Lock hospitals Punjab
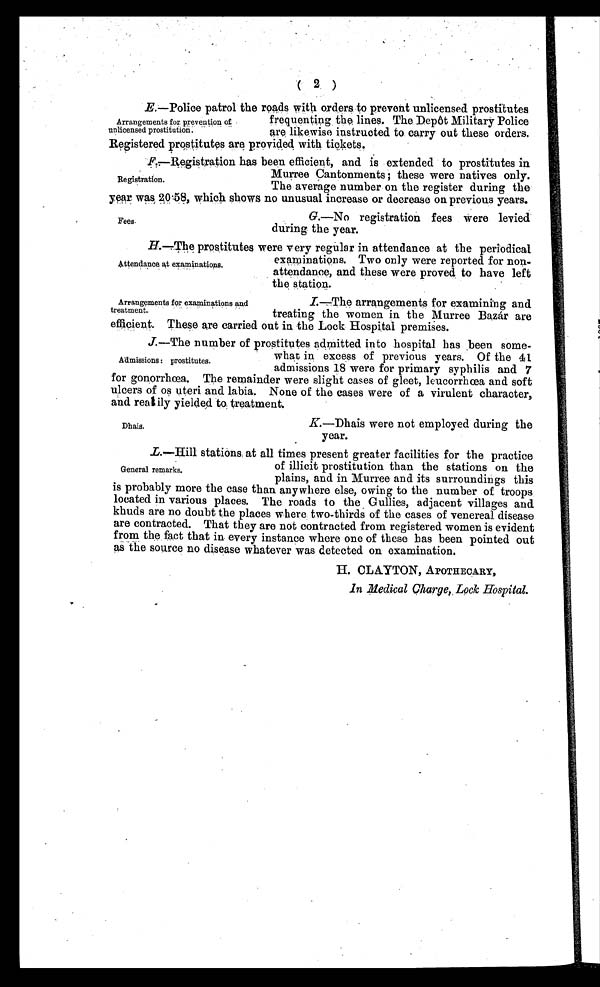
Attendance at examinations.
Arrangements for examinations and
treatment.
( 2 )
E. —Police patrol the roads with orders to prevent unlicensed prostitutes
frequenting the lines. The Depôt Military Police
are likewise instructed to carry out these orders.
Registered prostitutes are provided with tickets.
F.—Registration has been efficient, and is extended to prostitutes in
Murree Cantonments; these were natives only.
The average number on the register during the
year was 20.58, which shows no unusual increase or decrease on previous years.
G.—No registration fees were levied
during the year.
H.—The prostitutes were very regular in attendance at the periodical
examinations. Two only were reported for non-
attendance, and these were proved to have left
the station.
I
.—The arrangements for examining and
treating the women in the Murree Bazár are
efficient. These are carried out in the Lock Hospital premises.
J.—The number of prostitutes admitted into hospital has been some-
what in excess of previous years. Of the 41
admissions 18 were for primary syphilis and 7
for gonorrhœa. The remainder were slight cases of gleet, leucorrhœa and soft
ulcers of os uteri and labia. None of the cases were of a virulent character,
and really yielded to, treatment.
K.—Dhais were not employed during the
year.
L.—Hill stations at all times present greater facilities for the practice
of illicit prostitution than the stations on the
plains, and in Murree and its surroundings this
is probably more the case than anywhere else, owing to the number of troops
located in various places. The roads to the Gullies, adjacent villages and
khuds are no doubt the places where two-thirds of the cases of venereal disease
are contracted. That they are not contracted from registered women is evident
from the fact that in every instance where one of these has been pointed out
as the source no disease whatever was detected on examination.
H. CLAYTON, APOTHECARY,
In Medical Charge, Lock Hospital.
Arrangements for prevention
unlicensed prostitution.
Registration.
Fees.
Admissions: prostitutes.
Dhais.
General remarks.